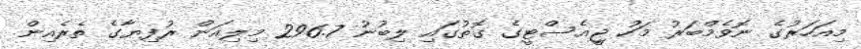
މިއަހަރުގެ ނޮވެމްބަރު މަހު ޖީއެސްޓީގެ ގޮތުގައި ލިބުނު 296.7 މިލިއަން ރުފިޔާގެ ތެރެއިން